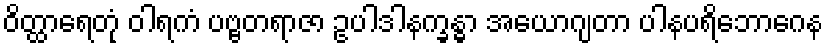
ဝိတ္ထာရေတုံ ဝါရကံ ပဗ္ဗတရာဇာ ဥပါဒါနက္ခန္ဓာ အယောဂျတာ ပါနပရိဘောဂေန